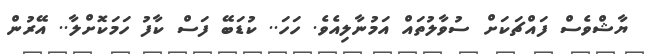
ޔާޝްވެސް ފައްޗަަކަށް ސުވާލުތައް އަމުނާލިއެވެ. ހަހަ.. ކުޑަބޭ ފަސް ކާފު ހަމަކޮށްލާ.. އޭރުން